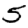
Digit: 5